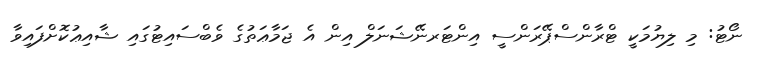
ނޯޓު: މި ލިޔުމަކީ ޓްރާންސްޕޭރަންސީ އިންޓަރނޭޝަނަލް އިން އެ ޖަމާޢަތުގެ ވެބްސައިޓުގައި ޝާއިޢުކޮށްފައިވާ